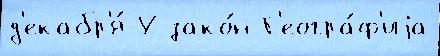
д'екабр'я́ У зако́н Г'еогра́ф'иjа